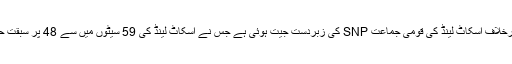
اس کے برخلاف اسکاٹ لینڈ کی قومی جماعت SNP کی زبردست جیت ہوئی ہے جس نے اسکاٹ لینڈ کی 59 سیٹوں میں سے 48 پر سبقت حاصل کی۔